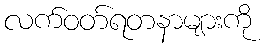
လက်ဝတ်ရတနာများကို